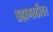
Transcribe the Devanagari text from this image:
ब्रह्मगाठीवर